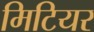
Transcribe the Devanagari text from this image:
मिटियर